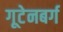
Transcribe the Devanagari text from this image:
गूटेनबर्ग